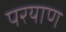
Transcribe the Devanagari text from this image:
परयाण